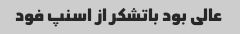
عالی بود باتشکر از اسنپ فود